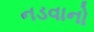
નડવાનો